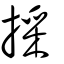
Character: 採